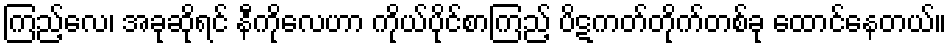
ကြည့်လေ၊ အခုဆိုရင် နီကိုလေဟာ ကိုယ်ပိုင်စာကြည့် ပိဋကတ်တိုက်တစ်ခု ထောင်နေတယ်။